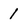
Character: 1